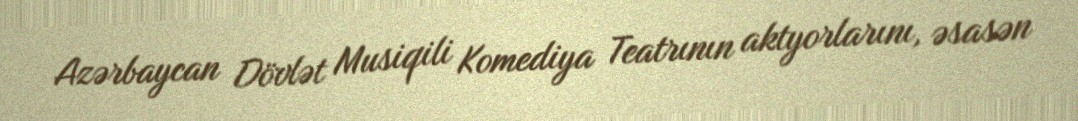
Azərbaycan Dövlət Musiqili Komediya Teatrının aktyorlarını, əsasən